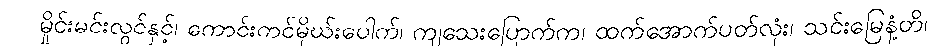
မှိုင်းမင်းလွင်နှင့်၊ ကောင်းကင်မိုဃ်းပေါက်၊ ကျသေးပြောက်က၊ ထက်အောက်ပတ်လုံး၊ သင်းမြေနံ့တိ၊